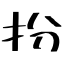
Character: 扮